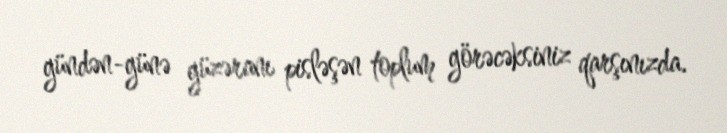
gündən-günə güzəranı pisləşən toplum görəcəksiniz qarşınızda.